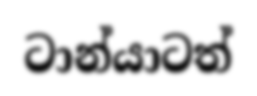
ටාන්යාටත්